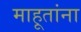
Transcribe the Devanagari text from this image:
माहूतांना